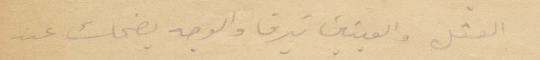
العقل والعينين تبرق والوجه يضحك عند